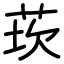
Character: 莰